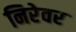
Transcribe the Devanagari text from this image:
निरेवर